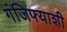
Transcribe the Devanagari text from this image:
गंजिफ्याशी